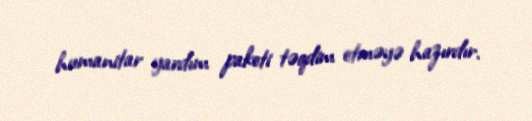
humanitar yardım paketi təqdim etməyə hazırdır.